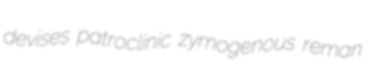
devises patroclinic zymogenous reman